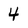
Character: 4